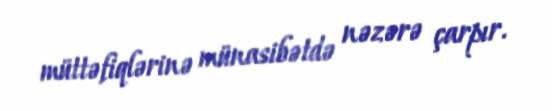
müttəfiqlərinə münasibətdə nəzərə çarpır.